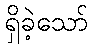
ရှိခဲ့သော်